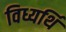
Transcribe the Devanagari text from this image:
विध्यर्थि